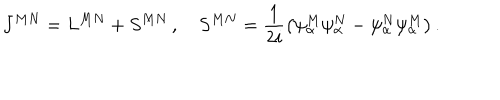
J ^ { M N } = L ^ { M N } + S ^ { M N } \, , \quad S ^ { M N } = \frac { 1 } { 2 i } \left( \psi _ { \alpha } ^ { M } \psi _ { \alpha } ^ { N } - \psi _ { \alpha } ^ { N } \psi _ { \alpha } ^ { M } \right) .